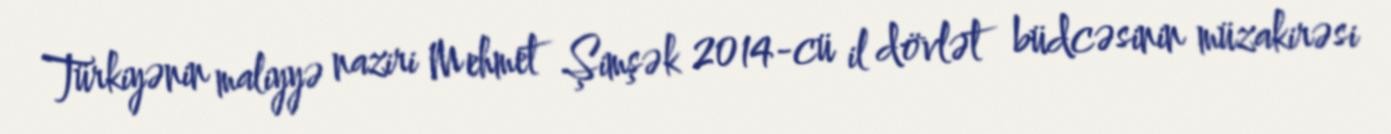
Türkiyənin maliyyə naziri Mehmet Şimşək 2014-cü il dövlət büdcəsinin müzakirəsi